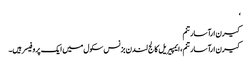
‘
کیرن ارآسارتنم
کیرن ارآسارتنم ، ایمپیریل کالج لندن بزنس سکول میں ایک پروفیسر ہیں۔